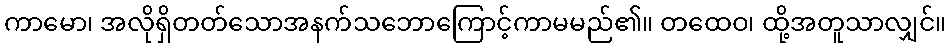
ကာမော၊ အလိုရှိတတ်သောအနက်သဘောကြောင့်ကာမမည်၏။ တထေဝ၊ ထို့အတူသာလျှင်။